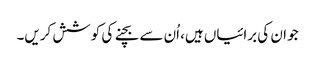
جو ان کی برائیاں ہیں، اُن سے بچنے کی کوشش کریں۔